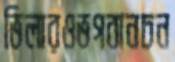
ভিলারওভগবানচন